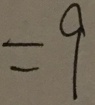
= 9